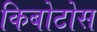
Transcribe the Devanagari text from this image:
किबोटोस